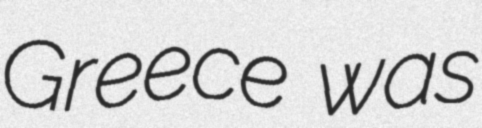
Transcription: Greece was